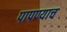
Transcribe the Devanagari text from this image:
पापण्याच